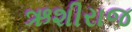
ઋશીરાજ